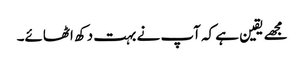
مجھے یقین ہے کہ آپ نے بہت دکھ اٹھائے۔